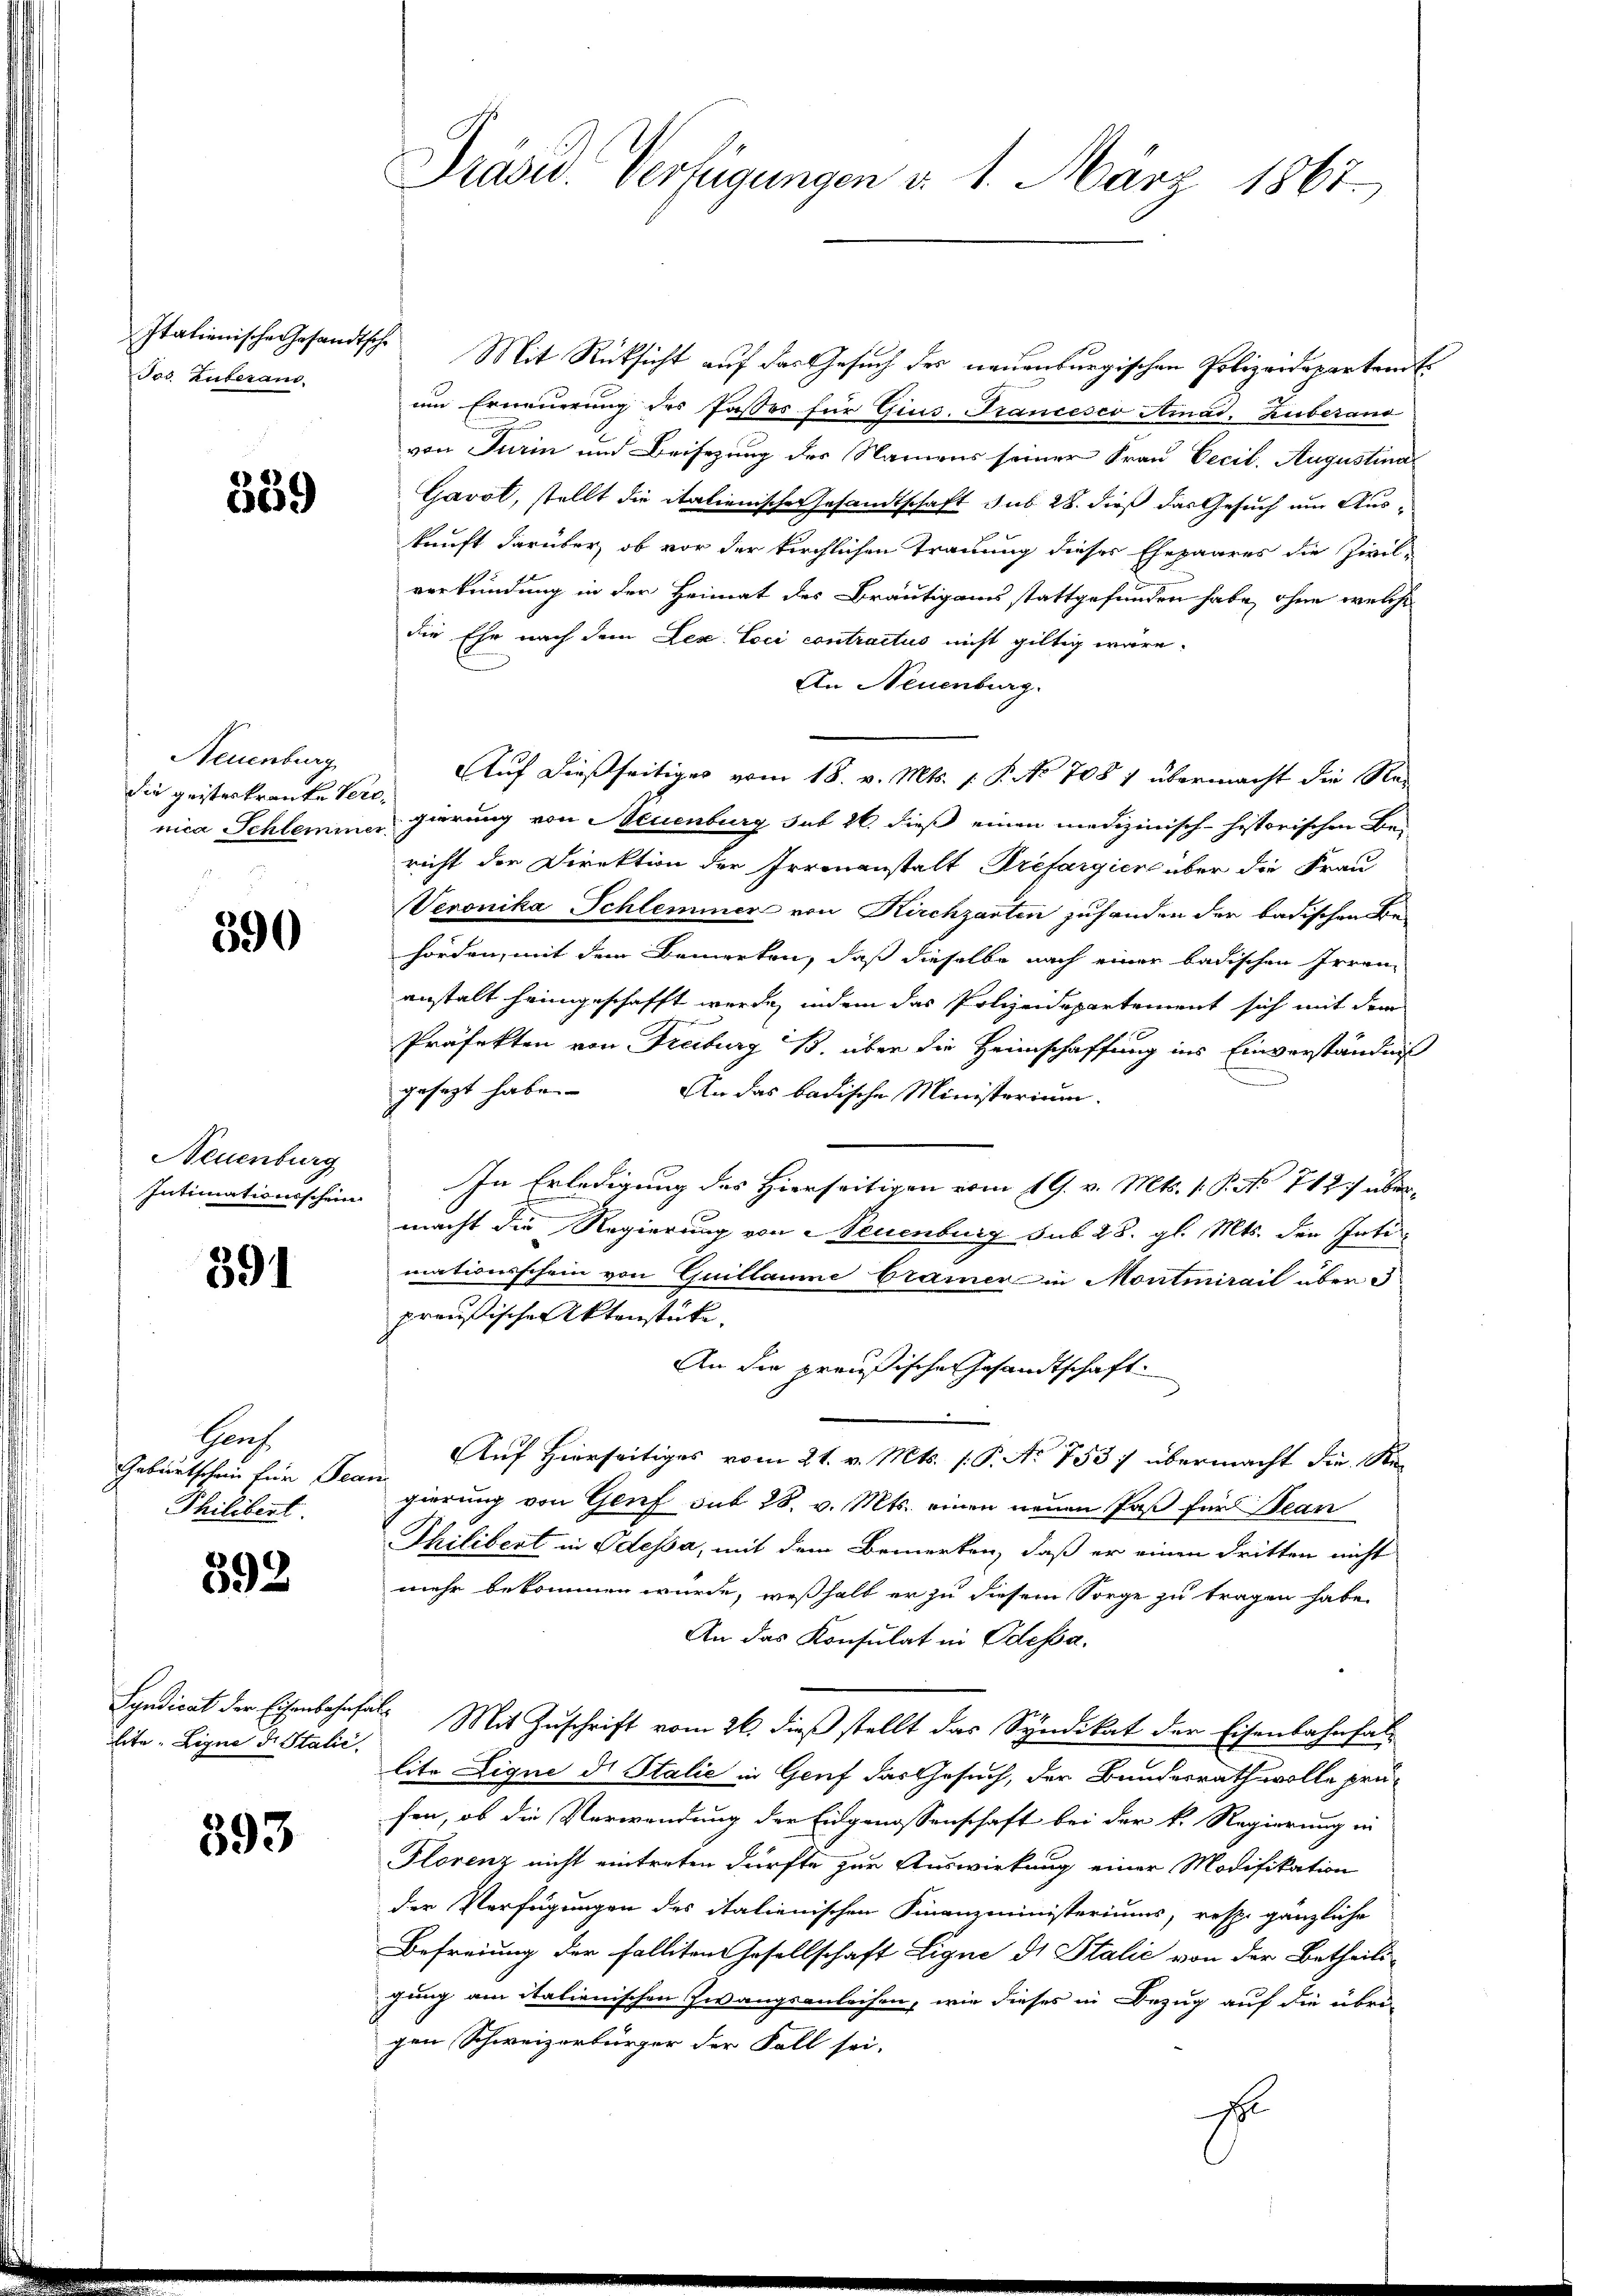
Jos. Zuberaus

359

Neuenburg
die geisteskranke Vere¬

390

Neuenburg
Intimationsschein

391

Brach
Geburtschein für Bean
Philibent

392

Eite: Ligne di Stalić.

593

Drasw. Verfügungen d. 1. März 1865.

Itationische Gesandtsche Mit Rücksicht auf das Gesuch der neuenburgischen Polizeideparten E
im Erneuerung des fasses für Gius. Francesco Ainad, Zuberand
von Turin und Beisezung des Namens seiner Frau Cecil. Augustina
Gavol, stellt die italienische Gesandtschaft sub 28. dieß das Gesuch um Auskunft darüber, ob vor der kirchlichen Trauung dieses Ehepaares die Zivil-
verkündung in der Heimat des Bräutigams stattgefunden habe, ohne welche
die Ehe nach dem Lez. Toci contractus nicht giltig wäre.
An Neuenburg.
Auf dießseitiger vom 18. v. Mts. 1. P. No 708 7 übermacht die Rec
nica Schlemmer gierung von Neuenburg sub 26. dieß einen medizinisch-historischen Bericht der Direktion der Irrenanstalt Krefargien über die Frau
Veronika Schlemmer von Kirchgarten zuhanden den badischen Behörden, mit dem Bemerken, daß dieselbe nach einer badischen Irrenanstalt heimgeschafft werde, indem das Polizeidepartement sich mit dem
Präfekten von Freiburg B. über die Heimschaffung ins Einverständniß
gesezt habe. An das badische Ministerium.
In Erledigung des Hierseitigen vom 19. v. Mts. 1. P. No 742) übermacht die Regierung von Neuenburg sub 28. gl. Mts. den Intimationsschein von Guillaume Cramer in Montmirail über 3
preußischen Aktenstüke.
An die preußischen Gesandtschaft.
Auf Hierseitiges vom 21. v. Mts. s. S. No 753 ) übermacht die Regierung von Genf sub 28. v. Mts. einen neuen Paß für Bean
Thilibert in Odessa, mit dem Bemerken, daß er einen dritten nicht
mehr bekommen würde, weßhalb er zu diesem Sorge zu tragen habe.
An das Konsulat in Odessa.
Syndicat der Eisenbahnfals Mit Zuschrift vom 26. dieß stellt das Syndikat der Eisenbahnfal-
lite Ligne di Stalić in Genf das Gesuch, der Bundesrath wolle prüsen, ob die Verwendung der Eidgenossenschaft bei der k. Regierung in
Florenz nicht eintreten dürfte zur Auswirkung einer Modifikation
der Verfügungen des italienischen Finanzministeriums, resp. gänzliche
Befreiung der Falliten Gesellschaft Ligne ds Stalić von der Betheili-
gung am italienischen Zwangsanleihen, wie dieses in Bezug auf die übri-
gen Schweizerbürger der Fall sei-
s